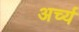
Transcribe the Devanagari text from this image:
अर्च्य